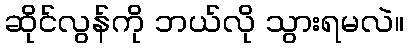
ဆိုင်လွန်ကို ဘယ်လို သွားရမလဲ။